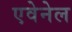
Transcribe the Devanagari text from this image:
एवेनेल